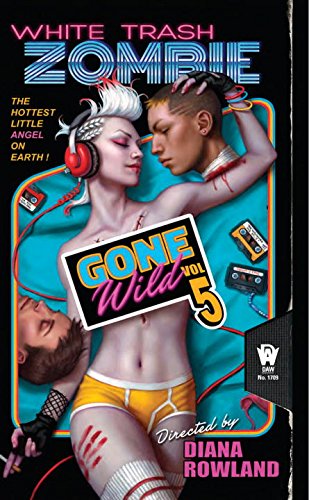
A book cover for White Trash Zombie Gone Wild: A White Trash Zombie Novel; Diana Rowland; Science Fiction & Fantasy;